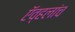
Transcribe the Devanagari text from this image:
ऍव्हलांच